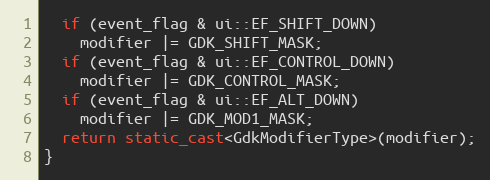
Language: C++
  if (event_flag & ui::EF_SHIFT_DOWN)
    modifier |= GDK_SHIFT_MASK;
  if (event_flag & ui::EF_CONTROL_DOWN)
    modifier |= GDK_CONTROL_MASK;
  if (event_flag & ui::EF_ALT_DOWN)
    modifier |= GDK_MOD1_MASK;
  return static_cast<GdkModifierType>(modifier);
}